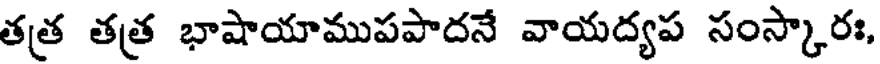
తత్ర తత్ర భాషాయాముపపాదనే వాయద్యప సంస్కారః,